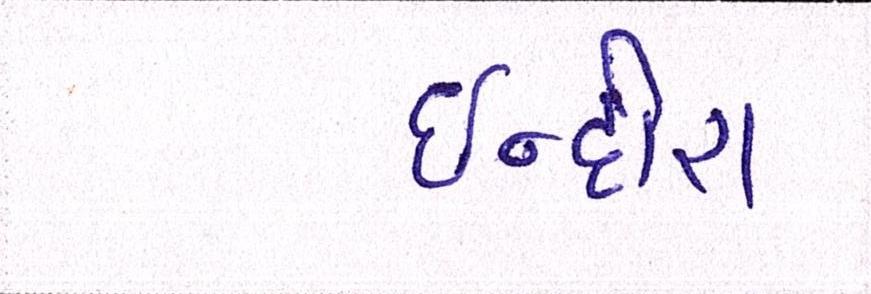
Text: ઈન્દીરા